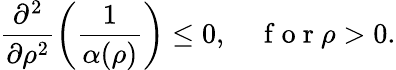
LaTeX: \frac{\partial^{2}}{\partial\rho^{2}}\left(\frac{1}{\alpha(\rho)}\right)\leq 0,\quad\mathrm{~f~o~r~}\rho>0.